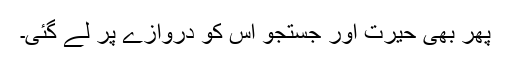
پھر بھی حیرت اور جستجو اس کو دروازے پر لے گئی۔